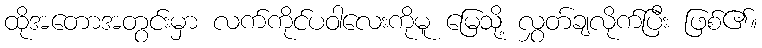
ထိုအတောအတွင်းမှာ လက်ကိုင်ပဝါလေးကိုမူ မြေသို့ လွှတ်ချလိုက်ပြီး ဖြစ်၏။